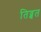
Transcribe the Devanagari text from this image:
तिव्बत